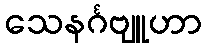
သေနင်္ဂဗျူဟာ